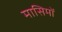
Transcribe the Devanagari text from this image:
मासिमों